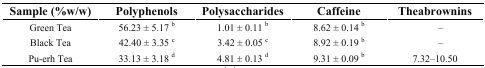
| Sample (%w/w) | Polyphenols | Polysaccharides | Caffeine | Theabrownins |
 | --- | --- | --- | --- | --- |
 | Green Tea | 56.23 ± 5.17b | 1.01 ± 0.11b | 8.62 ± 0.14b | – |
 | Black Tea | 42.40 ± 3.35c | 3.42 ± 0.05c | 8.92 ± 0.19b | – |
 | Pu-erh Tea | 33.13 ± 3.18d | 4.81 ± 0.13d | 9.31 ± 0.09b | 7.32–10.50 |